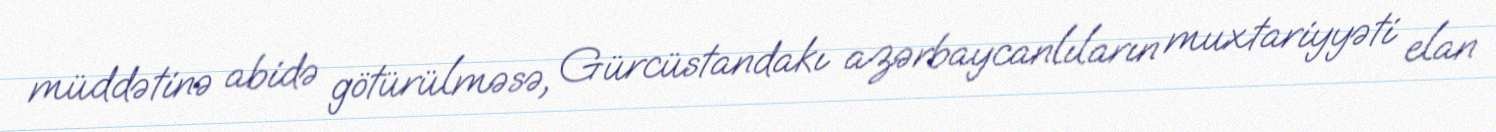
müddətinə abidə götürülməsə, Gürcüstandakı azərbaycanlıların muxtariyyəti elan